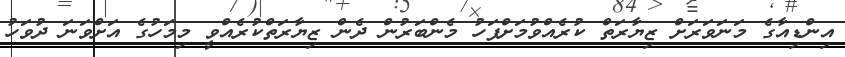
އިންޑިއާގެ މަނަވަރަށް ޒިޔާރަތް ކުރެއްވުމަށްފަހު މެންބަރުން ދެން ޒިޔާރަތްކުރެއްވީ މިމަހުގެ އަށްވަނަ ދުވަހު